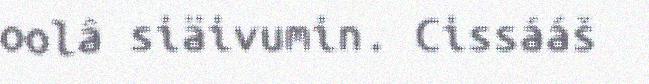
oolâ siäivumin. Cissááš